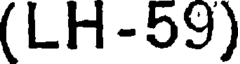
(LH-59)